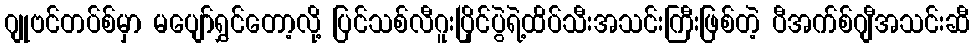
ဂျုဗင်တပ်စ်မှာ မပျော်ရွှင်တော့လို့ ပြင်သစ်လီဂူးပြိုင်ပွဲရဲ့ထိပ်သီးအသင်းကြီးဖြစ်တဲ့ ပီအက်စ်ဂျီအသင်းဆီ